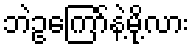
ဘဲဥကြော်နဲ့မို့လား